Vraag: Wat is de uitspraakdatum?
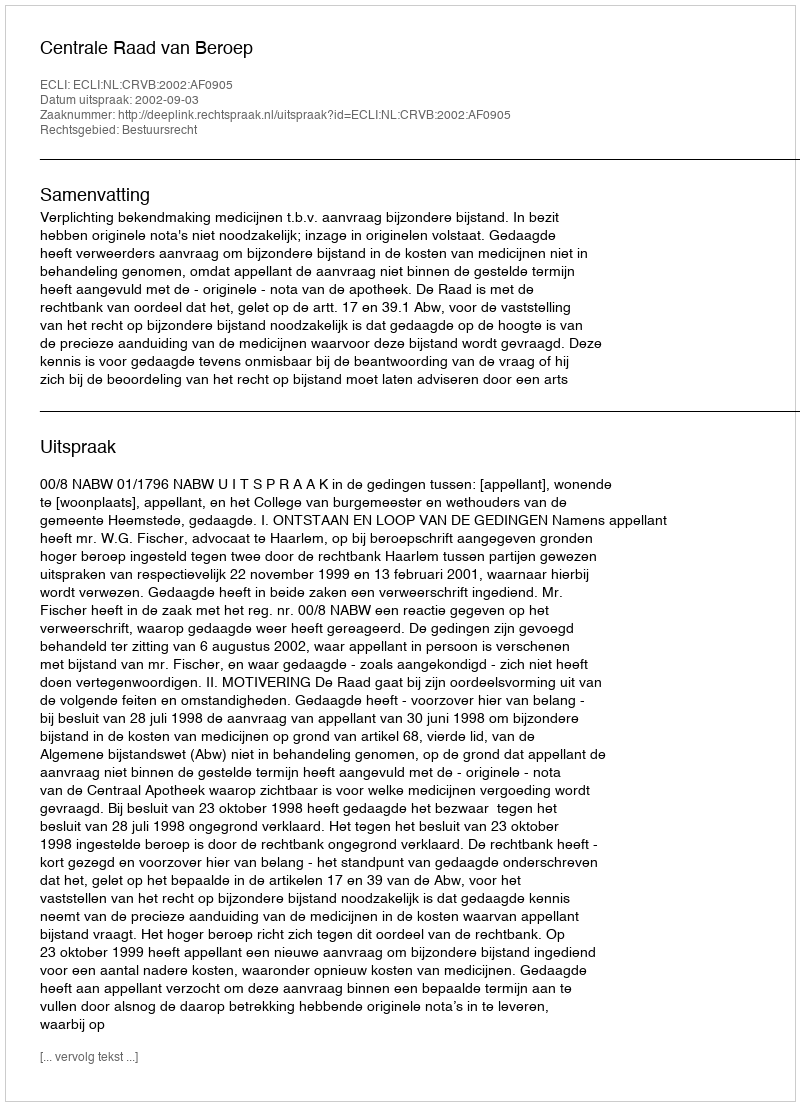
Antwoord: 2002-09-03